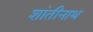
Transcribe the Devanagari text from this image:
शांतीनाथ